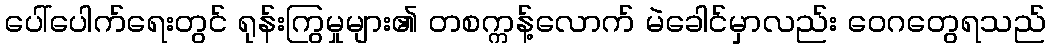
ပေါ်ပေါက်ရေးတွင် ရုန်းကြွမှုများ၏ တစက္ကန့်လောက် မဲခေါင်မှာလည်း ဝေဂတွေရသည်